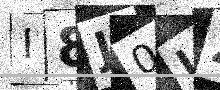
Text: I8J0LZ